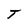
Character: T